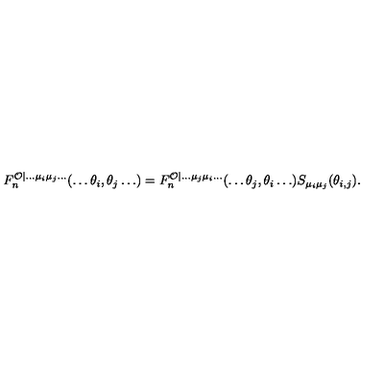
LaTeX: F _ { n } ^ { \mathcal { O } | \ldots \mu _ { i } \mu _ { j } \ldots } ( \ldots \theta _ { i } , \theta _ { j } \ldots ) = F _ { n } ^ { \mathcal { O } | \ldots \mu _ { j } \mu _ { i } \ldots } ( \ldots \theta _ { j } , \theta _ { i } \ldots ) S _ { \mu _ { i } \mu _ { j } } ( \theta _ { i , j } ) .